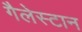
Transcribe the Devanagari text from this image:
गैलेस्टान